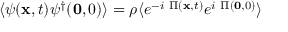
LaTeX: \langle \psi ( { \bf { x } } , t ) \psi ^ { \dagger } ( { \bf { 0 } } , 0 ) \rangle = \rho \langle e ^ { - i \mathrm { ~ } \Pi ( { \bf { x } } , t ) } e ^ { i \mathrm { ~ } \Pi ( { \bf { 0 } } , 0 ) } \rangle